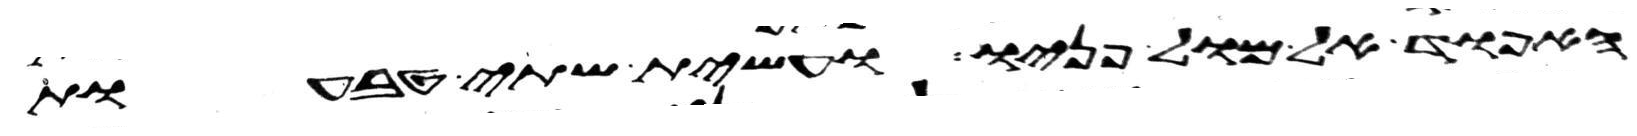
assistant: האפוד אל מול פניו ועשית שתי טבעות